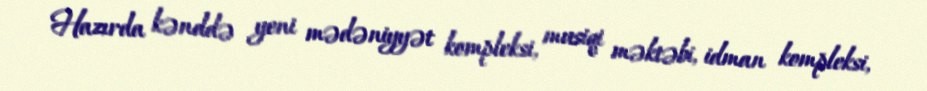
Hazırda kənddə yeni mədəniyyət kompleksi, musiqi məktəbi, idman kompleksi,